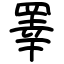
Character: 睪